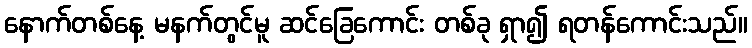
နောက်တစ်နေ့ မနက်တွင်မူ ဆင်ခြေကောင်း တစ်ခု ရှာ၍ ရတန်ကောင်းသည်။